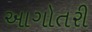
આગોતરી